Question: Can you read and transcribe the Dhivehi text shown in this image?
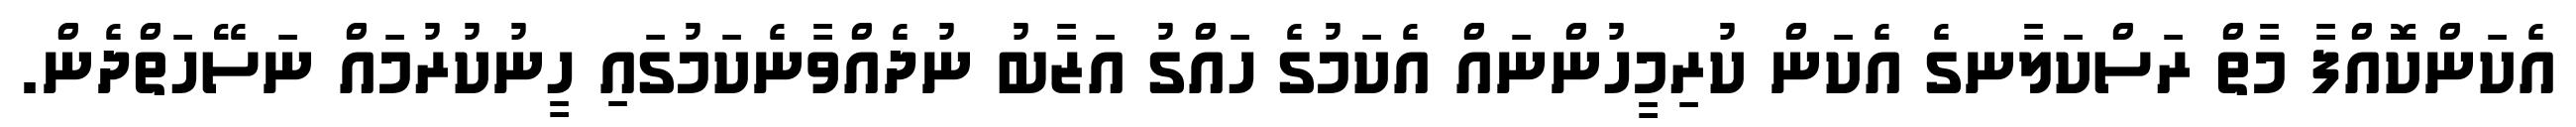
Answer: އެކަންކޮއްފާ މާތް ރަސްކަލާނގެ އެކަން ކުރިމީހުންނައް އެކަމުގެ ހައްގު އަޒާބު ނުދެއްވާނެކަމުގައި ހީނުކުރުމައް ނަސޭހަތްދެން.